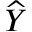
\widehat { Y }